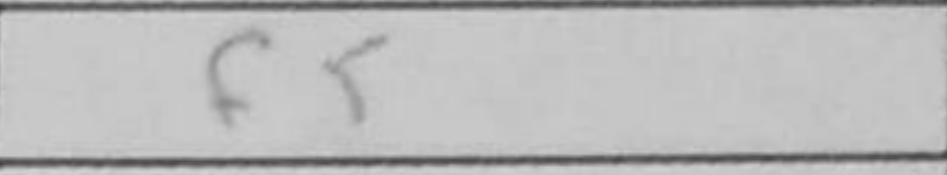
Transcription: f5